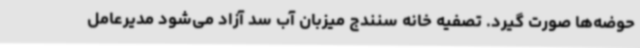
حوضه‌ها صورت گیرد. تصفیه خانه سنندج میزبان آب سد آزاد می‌شود مدیرعامل